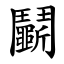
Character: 鬭